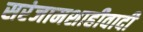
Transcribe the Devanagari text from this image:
सरंजामशाहीवादी